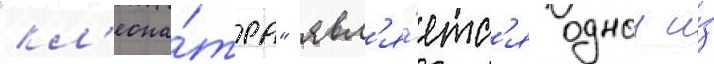
"кл'еопа́тра" явл'я́етс'я однои и́з